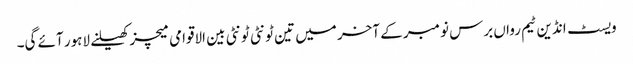
ویسٹ انڈین ٹیم رواں برس نومبر کے آخر میں تین ٹونٹی ٹونٹی بین الاقوامی میچز کھیلنے لاہور آئے گی۔